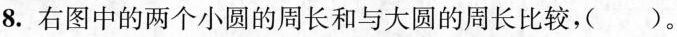
8.右图中的两个小圆的周长和与大圆的周长比较，()。